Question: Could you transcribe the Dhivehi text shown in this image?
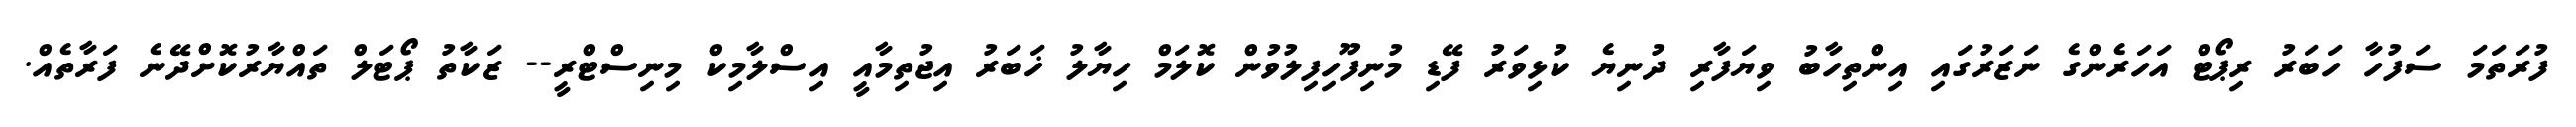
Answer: ފުރަތަމަ ސަފުހާ ހަބަރު ރިޕޯޓް އަހަރެންގެ ނަޒަރުގައި އިންތިހާބު ވިޔަފާރި ދުނިޔެ ކުޅިވަރު ފޭޑި މުނިފޫހިފިލުވުން ކޮލަމް ހިޔާލު ޚަބަރު އިޖުތިމާއީ އިސްލާމިކް މިނިސްޓްރީ-- ޒަކާތު ޕޯޓަލް ތައްޔާރުކޮށްދޭނެ ފަރާތެއް.